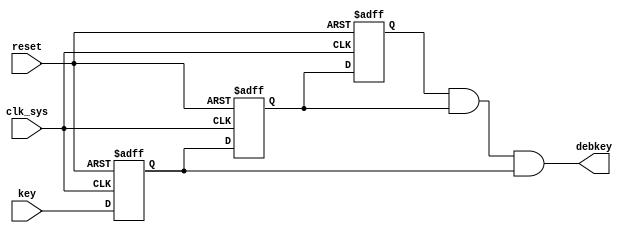
`timescale 1ns / 1ps
//////////////////////////////////////////////////////////////////////////////////
// Company: 
// Engineer: 
// 
// Design Name: 
// Module Name: key
// Project Name: 
// Target Devices: 
// Tool Versions: 
// Description: 
// 
// Dependencies: 
// 
// Revision:
// Revision 0.01 - File Created
// Additional Comments:
// 
//////////////////////////////////////////////////////////////////////////////////


module key(
	input clk_sys,
    input reset,
    input key,
    output debkey
);

	reg key_rrr,key_rr,key_r;
	always @(posedge clk_sys or negedge reset) //
		if(!reset)
			begin
				key_rrr <= 1'b1;
				key_rr <= 1'b1;
				key_r <= 1'b1;
			end
		else
			begin
				key_rrr <= key_rr;
				key_rr <= key_r;
				key_r <= key;
			end
	//---------------------------------------------------------------	
	assign debkey = key_rrr & key_rr & key_r;
	
endmodule